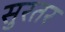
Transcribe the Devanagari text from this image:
सुरतर